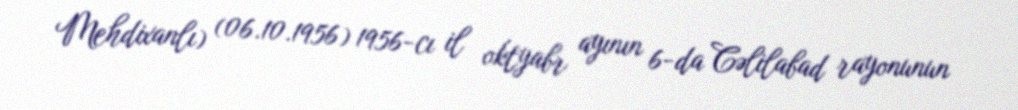
Mehdixanlı) (06.10.1956) 1956-cı il oktyabr ayının 6-da Cəlilabad rayonunun